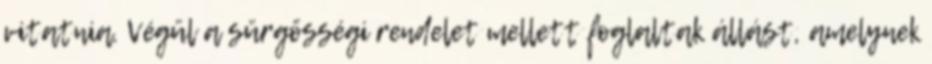
vitatnia. Végül a sürgősségi rendelet mellett foglaltak állást, amelynek